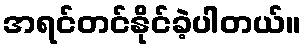
အရင်တင်နိုင်ခဲ့ပါတယ်။